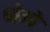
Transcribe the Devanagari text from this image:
थोआे